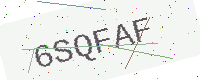
Text: 6SQFAF